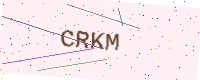
Text: CRKM